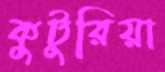
কুটুরিয়া